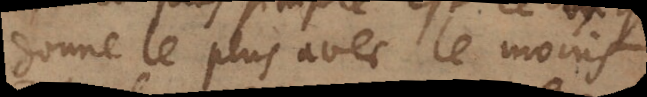
donne le plus avec le moins